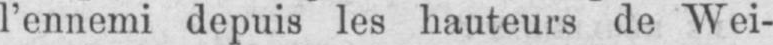
l’ennemi depuis les hauteurs de Wei-